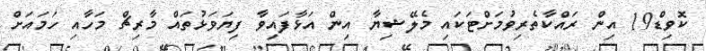
ކޮވިޑް19 އިން ރައްކާތެރިވުމަށްޓަކައި މެލޭޝިޔާ އިން އަޅާފައިވާ ފިޔަވަޅުތައް މާރިޗް މަހާއި ހަމައަށް